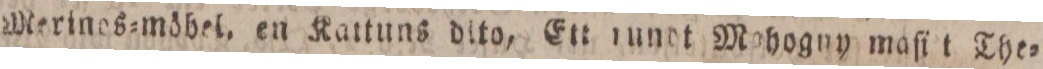
Merines=möbel, en Kattuns dlto, Ett rundt Mohogny maſi t The=